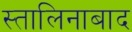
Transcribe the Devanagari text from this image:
स्तालिनाबाद